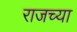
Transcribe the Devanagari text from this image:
राजच्या